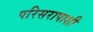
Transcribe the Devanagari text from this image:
परिसरापाशी